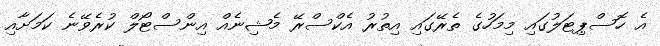
އެ ހޮސްޕިޓަލުގައި މިމަހުގެ ތެރޭގައި އިތުރު އެކްސްރޭ މެޝިނެއް އިންސްޓޯލް ކުރެވޭނެ ކަމަށާއި